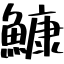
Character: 鱇